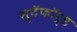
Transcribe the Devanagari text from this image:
स्टॅफॉर्ड